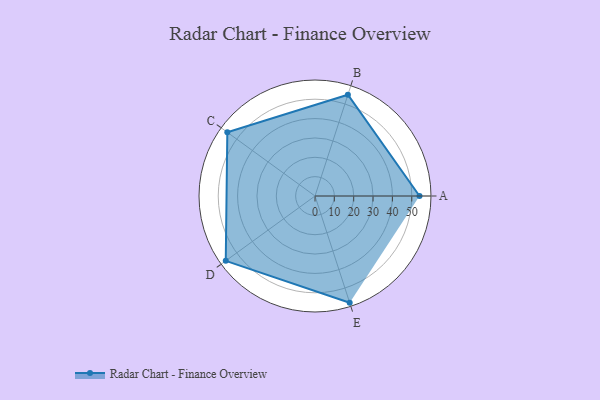
{"axis": {"x": "Skill", "y": "Score"}, "legend": ["Profile"], "data": [{"x": "A", "y": 54.0, "type": "Profile"}, {"x": "B", "y": 55.0, "type": "Profile"}, {"x": "C", "y": 56.0, "type": "Profile"}, {"x": "D", "y": 57.0, "type": "Profile"}, {"x": "E", "y": 58.0, "type": "Profile"}]}